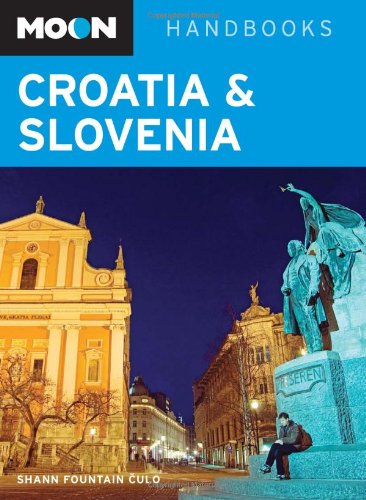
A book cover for Moon Croatia and Slovenia (Moon Handbooks); Shann Fountain Alipour; Travel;